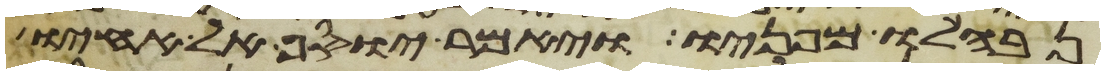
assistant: נבהלו מפניו ויאמר יוסף אל אחיו